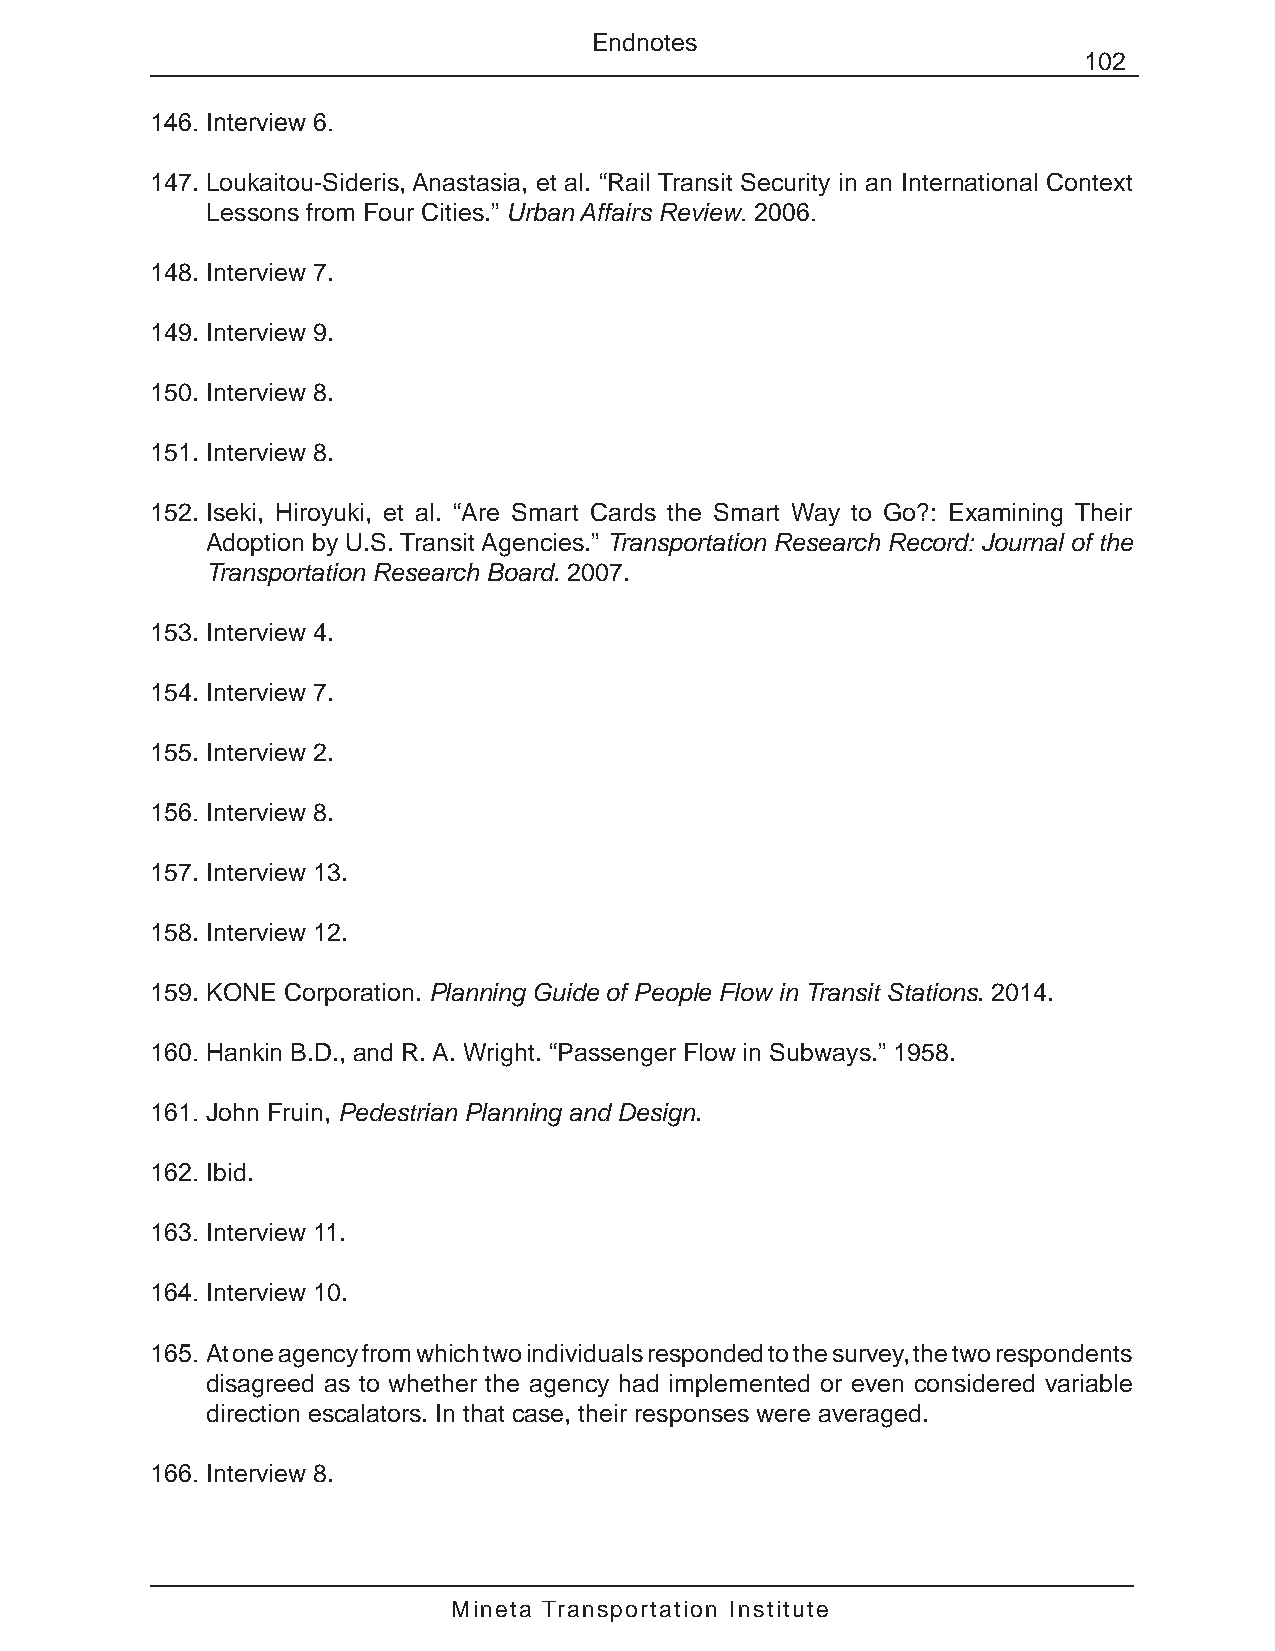
Endnotes
 102
 146. Interview 6.
 147. Loukaitou-Sideris, Anastasia, et al. “Rail Transit Security in an International Context
 Lessons from Four Cities.” Urban Affairs Review. 2006.
 148. Interview 7.
 149. Interview 9.
 150. Interview 8.
 151. Interview 8.
 152. Iseki, Hiroyuki, et al. “Are Smart Cards the Smart Way to Go?: Examining Their
 Adoption by U.S. Transit Agencies.” Transportation Research Record: Journal of the
 Transportation Research Board. 2007.
 153. Interview 4.
 154. Interview 7.
 155. Interview 2.
 156. Interview 8.
 157. Interview 13.
 158. Interview 12.
 159. KONE Corporation. Planning Guide of People Flow in Transit Stations. 2014.
 160. Hankin B.D., and R. A. Wright. “Passenger Flow in Subways.” 1958.
 161. John Fruin, Pedestrian Planning and Design.
 162. Ibid.
 163. Interview 11.
 164. Interview 10.
 165. At one agency from which two individuals responded to the survey, the two respondents
 disagreed as to whether the agency had implemented or even considered variable
 direction escalators. In that case, their responses were averaged.
 166. Interview 8.
 Mineta Transportation Institute